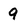
Character: 9